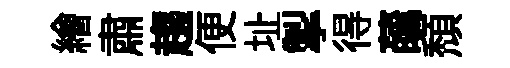
繪肅趨便址掣得蘤頹